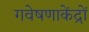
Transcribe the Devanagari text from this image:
गवेषणाकेंद्रों